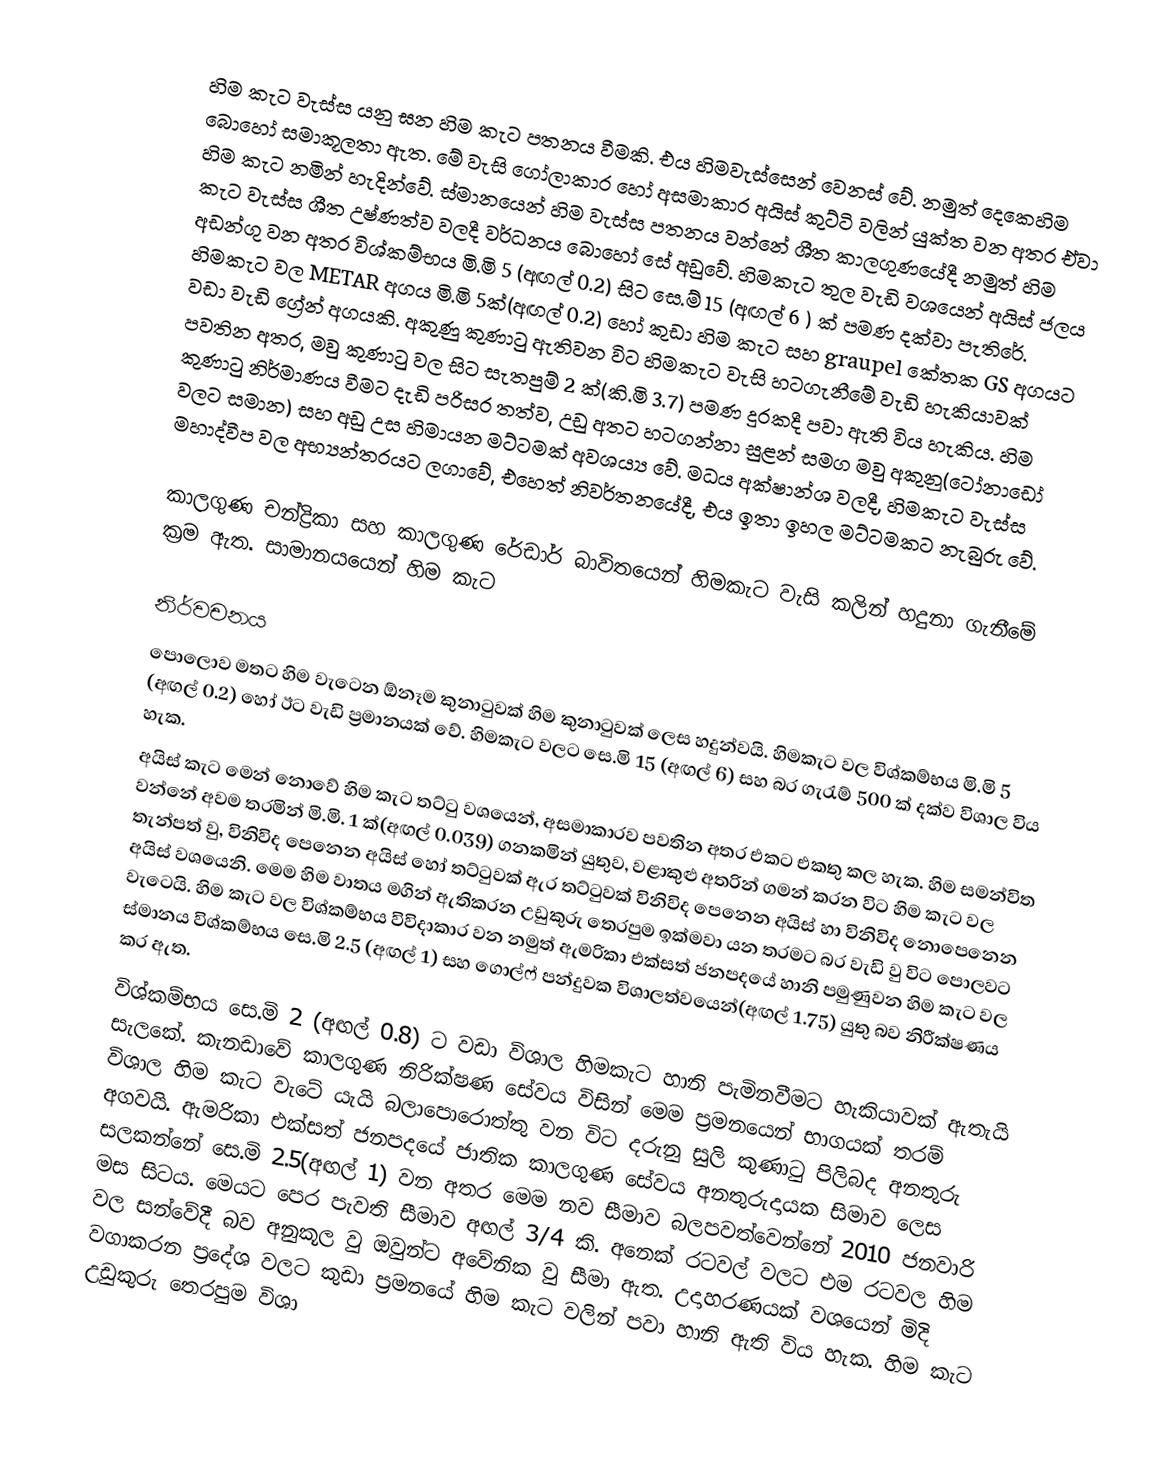
හිම කැට වැස්ස යනු ඝන හිම කැට පතනය වීමකි. එය හිමවැස්සෙන් වෙනස් වේ. නමුත් දෙකෙහිම බොහෝ සමාකූලතා ඇත. මේ වැසි ගෝලාකාර හෝ අසමාකාර අයිස් කුට්ටි වලින් යුක්ත වන අතර ඒවා හිම කැට නමින් හැදින්වේ. ස්මානයෙන් හිම වැස්ස පතනය වන්නේ ශීත කාලගුණයේදී නමුත් හිම කැට වැස්ස ශීත උෂ්ණත්ව වලදී වර්ධනය බොහෝ සේ අඩුවේ. හිමකැට තුල වැඩි වශයෙන් අයිස් ජලය අඩන්ගු වන අතර විශ්කම්භය මි.මි 5 (අඟල් 0.2) සිට සෙ.ම් 15  (අඟල් 6 ) ක් පමණ දක්වා පැතිරේ. හිමකැට වල METAR අගය මි.මි 5ක්(අඟල් 0.2) හෝ කුඩා හිම කැට සහ graupel කේතක GS අගයට වඩා වැඩි ග්‍රේන් අගයකි. අකුණු කුණාටු ඇතිවන විට හිමකැට වැසි හටගැනීමේ වැඩි හැකියාවක් පවතින අතර, මවු කුණාටු වල සිට සැතපුම් 2 ක්(කි.මි 3.7) පමණ දුරකදී පවා ඇති විය හැකිය. හිම කුණාටු නිර්මාණය වීමට දැඩි පරිසර තත්ව, උඩු අතට හටගන්නා සුළන් සමග මවු අකුනු(ටෝනාඩෝ වලට සමාන) සහ අඩු උස හිමායන මට්ටමක් අවශ‍‍‍‍ය්‍ය වේ. මධ‍‍ය අක්ෂාන්ශ වලදී, හිමකැට වැස්ස මහාද්වීප වල අභ්‍යන්තරයට ලගාවේ, එහෙත් නිවර්තනයේදී, එය ඉතා ඉහල මට්ටමකට නැබුරු වේ.

කාලගුණ චන්ද්‍රිකා සහ කාලගුණ රේඩාර් බාවිතයෙන් හිමකැට වැසි කලින් හදුනා ගැනීමේ ක්‍රම ඇත. සාමාන‍‍‍‍යයෙන් හිම කැට

නිර්වචනය
පොලොව මතට හිම වැටෙන ඕනෑම කුනාටුවක් හිම කුනාටුවක් ලෙස හදුන්වයි. හිමකැට වල විශ්කම්භය මි.මි 5 (අඟල් 0.2) හෝ ඊට වැඩි ප්‍රමානයක් වේ.  හිමකැට වලට සෙ.මි 15 (අඟල් 6) සහ බර ගැරැම් 500 ක් දක්ව විශාල විය හැක.
අයිස් කැට මෙන් නොවේ හිම කැට තට්ටු වශයෙන්, අසමාකාරව පවතින අතර එකට එකතු කල හැක. හිම සමන්විත වන්නේ අවම තරමින් මි.මි. 1 ක්(අඟල් 0.039) ගනකමින් යුතුව, වළාකුළු අතරින් ගමන් කරන විට හිම කැට වල තැන්පත් වු, විනිවිද පෙනෙන අයිස් හෝ තට්ටුවක් ඇර තට්ටුවක් විනිවිද පෙනෙන අයිස් හා විනිවිද නොපෙනෙන අයිස් වශයෙනි. මෙම හිම වාතය මගින් ඇතිකරන උඩුකුරු තෙරපුම ඉක්මවා යන තරමට බර වැඩි වු විට පොලවට වැටෙයි. හිම කැට වල විශ්කම්භය විවිදාකාර වන නමුත් ඇමරිකා එක්සත් ජනපදයේ හානි පමුණුවන හිම කැට වල ස්මාන‍‍‍‍‍ය විශ්කම්භය සෙ.මි 2.5 (අඟල් 1) සහ ගොල්ෆ් පන්දුවක විශාලත්වයෙන්(අඟල් 1.75) යුතු බව නිරීක්ෂණය කර ඇත.
විශ්කම්භය සෙ.මි 2 (අඟල් 0.8) ට වඩා විශාල හිමකැට හානි පැමිනවීමට හැකියාවක් ඇතැයි සැලකේ. කැනඩාවේ කාලගුණ නිරික්ෂණ සේවය විසින් මෙම ප්‍රමනයෙන් භාගයක් තරම් විශාල හිම කැට වැටේ යැයි බලාපොරොත්තු වන විට දරුනු සුලි කුණාටු පිලිබද අනතුරු අගවයි.  ඇමරිකා එක්සත් ජනපදයේ ජාතික කාලගුණ සේවය අනතුරුදායක සිමාව ලෙස සලකන්නේ සෙ.මි 2.5(අඟල් 1) වන අතර මෙම නව සීමාව බලපවත්වෙන්නේ 2010 ජනවාරි මස සිටය. මෙයට පෙර පැවති සීමාව අඟල් 3/4 කි. අනෙක් රටවල් වලට එම රටවල හිම වල සන්වේදී බව අනුකූල වු ඔවුන්ට අවේනික වු සීමා ඇත. උදාහරණයක් වශයෙන් මිදි වගාකරන ප්‍රදේශ වලට කුඩා ප්‍රමනයේ හිම කැට වලින් පවා හානි ඇති විය හැක. හිම කැට උඩුකුරු තෙරපුම විශා